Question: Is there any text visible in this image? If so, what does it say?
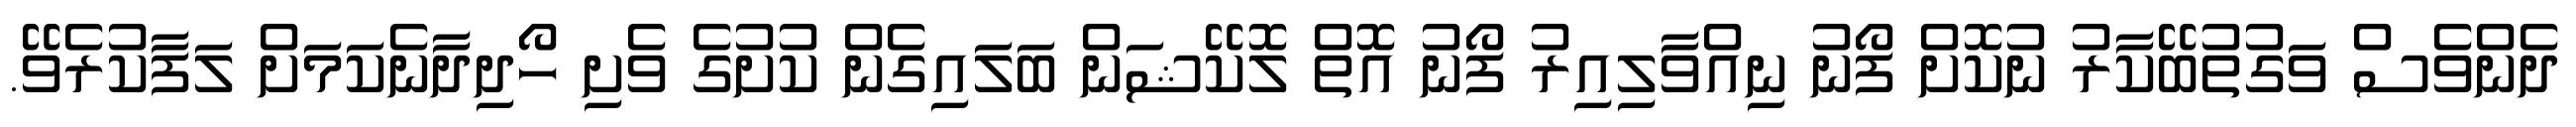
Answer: ދެންވެސް ވަގުތުބޭކާރު ނުކޮށް ފޯނު ނިއްވާލިއިރު ފޯނު އޮތް ލޮކޭޝަން ބަލައިގެން ކުށުގެ ވެށި ހޯދިދާނެކަމަށް ލަފާކުރެވޭ.